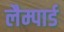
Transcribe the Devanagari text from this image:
लैम्पार्ड